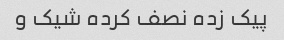
پیک زده نصف کرده شیک و